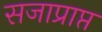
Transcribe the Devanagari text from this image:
सजाप्राप्त